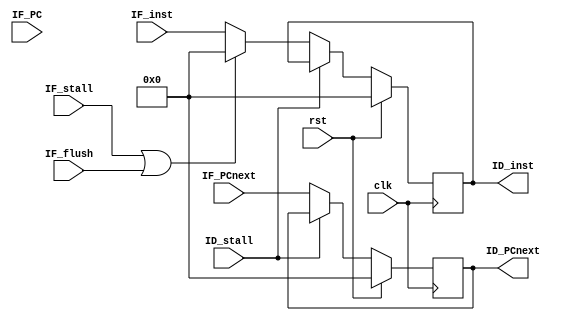
//=======================================================================
// Created by         :
// Last Modified      : 
// Update Count       :2014-05-08 08:49
// Description        :
//                     
//                     
//=======================================================================
module IF_stage(/*AUTOARG*/
    //Inputs
    clk, rst, IF_stall, IF_flush, ID_stall, IF_inst, 
    IF_PCnext, IF_PC, 

    //Outputs
    ID_inst,ID_PCnext);
    input           clk;
    input           rst;
    input           IF_stall;
    input           IF_flush;
    input           ID_stall;
    input   [31:0]  IF_inst;
    input   [31:0]  IF_PCnext;
    input   [31:0]  IF_PC;
    //outputs
    output  reg     [31:0]  ID_inst;
    output  reg     [31:0]  ID_PCnext;
    
    always @(posedge clk) begin
        ID_inst <= rst ? 32'b0 : (ID_stall ? ID_inst : ((IF_stall | IF_flush) ? 32'b0 : IF_inst));
        ID_PCnext <= rst ? 32'b0 : (ID_stall ? ID_PCnext : IF_PCnext);

    end
endmodule